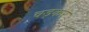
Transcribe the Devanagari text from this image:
चड़कर